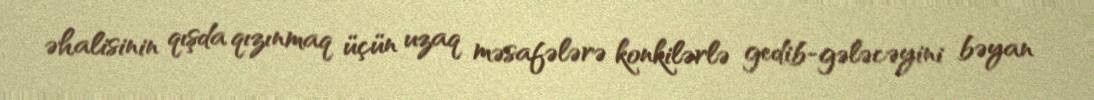
əhalisinin qışda qızınmaq üçün uzaq məsafələrə konkilərlə gedib-gələcəyini bəyan